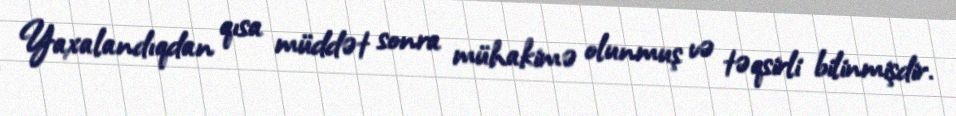
Yaxalandıqdan qısa müddət sonra mühakimə olunmuş və təqsirli bilinmişdir.